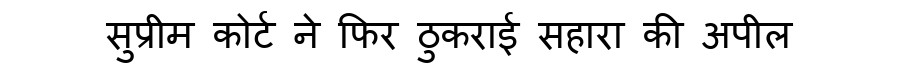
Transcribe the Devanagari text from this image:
सुप्रीम कोर्ट ने फिर ठुकराई सहारा की अपील